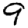
Digit: 9